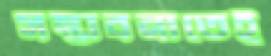
সম্ভাবনাতেই